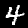
Label: 4